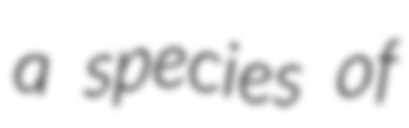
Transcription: a species of